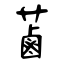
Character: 蓾